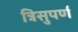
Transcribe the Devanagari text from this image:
त्रिसुपर्ण